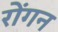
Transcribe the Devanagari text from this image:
रोंगन